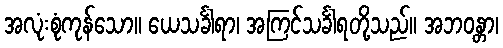
အလုံးစုံကုန်သော။ ယေသင်္ခါရာ၊ အကြင်သင်္ခါရတို့သည်။ အဘဝန္တာ၊